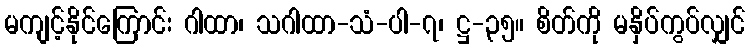
မကျင့်နိုင်ကြောင်း ဂါထာ၊ သဂါထာ-သံ-ပါ-၇၊ ဋ္ဌ-၃၅။ စိတ်ကို မနှိပ်ကွပ်လျှင်